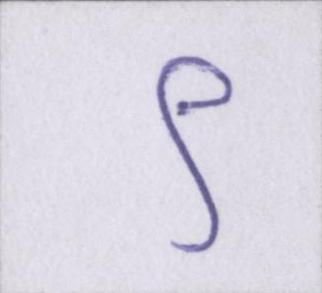
९